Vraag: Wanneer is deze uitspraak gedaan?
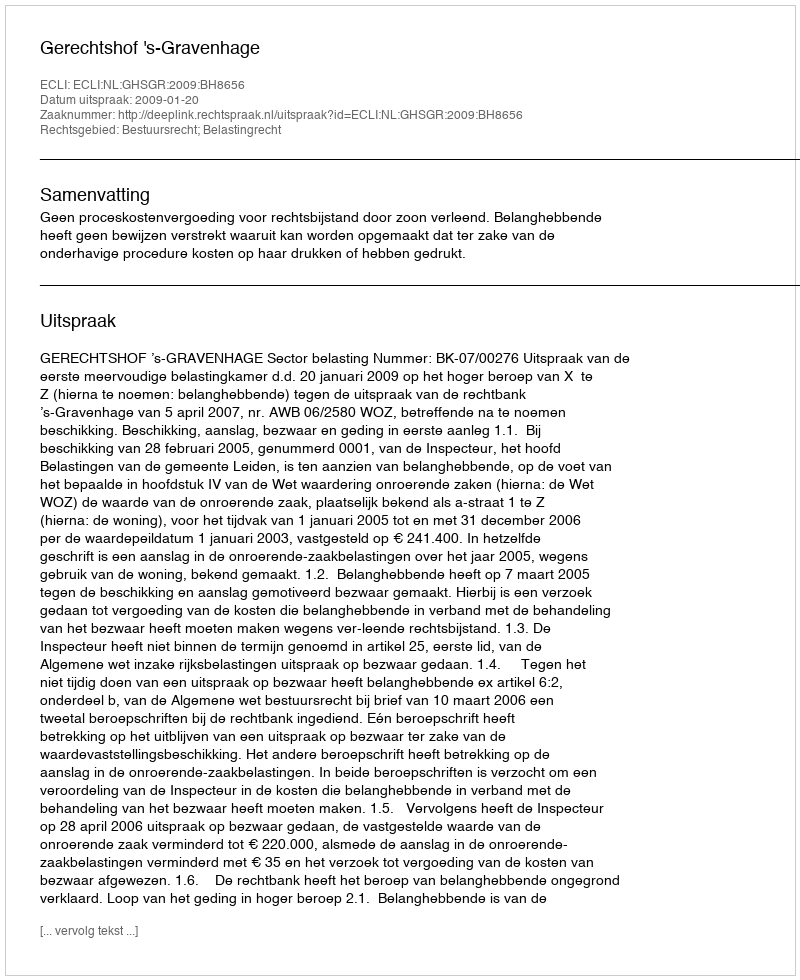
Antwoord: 2009-01-20